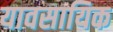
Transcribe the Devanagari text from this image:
यावसायिक